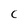
Character: C